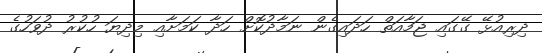
ދިރިއުޅޭ ގޭގައި ޖަމާއަތް ހަދައިގެން ނަމާދުކޮށް ހަދާ ކަމަށާއި މިދިޔަ ހުކުރު ދުވަހުގެ